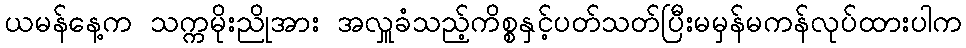
ယမန်နေ့က သက္ကမိုးညိုအား အလှူခံသည့်ကိစ္စနှင့်ပတ်သတ်ပြီးမမှန်မကန်လုပ်ထားပါက